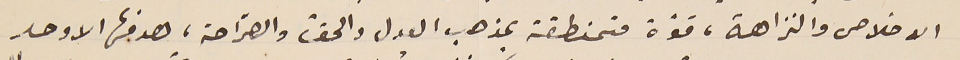
الاخلاص والنزاهة، قوّة متمنطقة بمذهب العدل والحقّ والصرّاحة، هدفها الاوحد